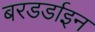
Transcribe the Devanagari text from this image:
बरडर्डाइन